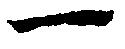
一